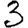
Digit: 3